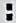
: